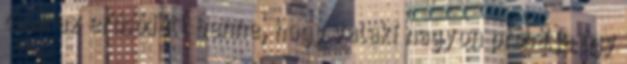
csak az erősödött benne, hogy valaki nagyon próbálja úgy